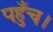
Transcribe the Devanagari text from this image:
पहुँच।